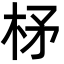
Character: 柕